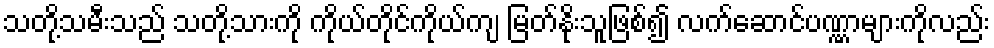
သတို့သမီးသည် သတို့သားကို ကိုယ်တိုင်ကိုယ်ကျ မြတ်နိုးသူဖြစ်၍ လက်ဆောင်ပဏ္ဏာများကိုလည်း